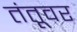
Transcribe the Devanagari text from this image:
तंतूवर